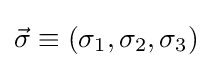
{\vec {\sigma }}\equiv (\sigma _{1},\sigma _{2},\sigma _{3})